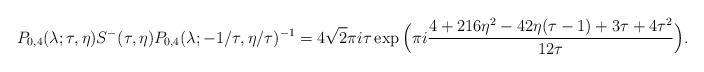
LaTeX: \begin{align*} P_{0, 4}(\lambda; \tau, \eta) S^-(\tau, \eta) P_{0, 4}(\lambda; - 1/\tau, \eta/\tau)^{-1} = 4 \sqrt{2} \pi i\tau \exp\Big(\pi i \frac{4 + 216\eta^2 - 42 \eta(\tau - 1) + 3\tau + 4\tau^2}{12\tau}\Big).\end{align*}